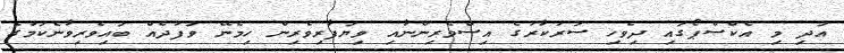
އަދި މި އެކްސްޕޯގައި ދިވެހި ސަރުކާރުގެ އިސްވެރިންނާއި ވިޔަފާރިވެރިން ހިމެނޭ ވަފުދެއް ބައިވެރިވާނެކަމުގެ